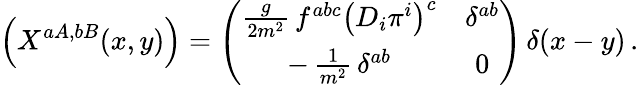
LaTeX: \Bigl(X^{aA,bB}(x,y)\Bigr)=\left(\begin{array}{cc}{{\frac{g}{2m^{2}}\, f^{abc}\bigl(D_{i}\pi^{i}\bigr)^{c}}}&{{\delta^{ab}}}\\ {{-\, \frac{1}{m^{2}}\, \delta^{ab}}}&{{0}}\end{array}\right)\, \delta(x-y)\, .